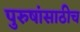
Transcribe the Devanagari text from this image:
पुरुषांसाठीच